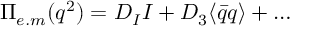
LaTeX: \Pi _ { e . m } ( q ^ { 2 } ) = D _ { I } I + D _ { 3 } \langle \bar { q } q \rangle + \dots